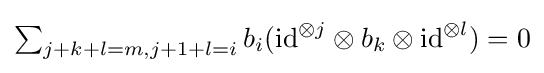
{\textstyle \sum _{j+k+l=m,j+1+l=i}b_{i}(\mathrm {id} ^{\otimes j}\otimes b_{k}\otimes \mathrm {id} ^{\otimes l})=0}